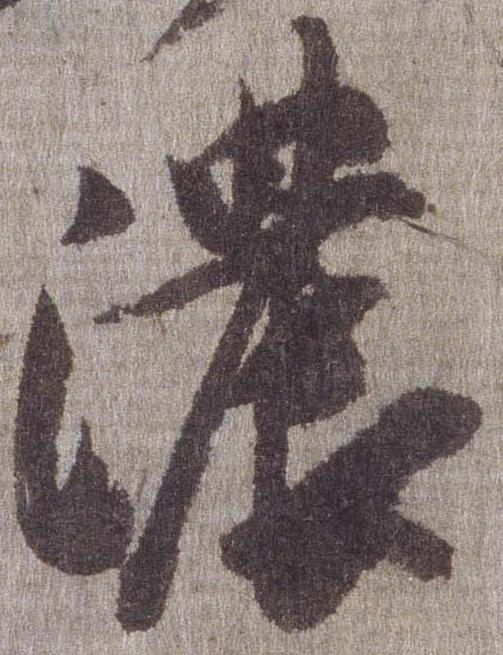
濃